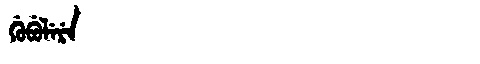
Manchu: ᡤᡠᠪᡠᠯᡝᡵᡝ
Romanization: GUBULERE